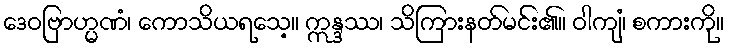
ဒေဝဗြာဟ္မဏံ၊ ကောသိယရသေ့။ ဣန္ဒဿ၊ သိကြားနတ်မင်း၏။ ဝါကျံ၊ စကားကို။